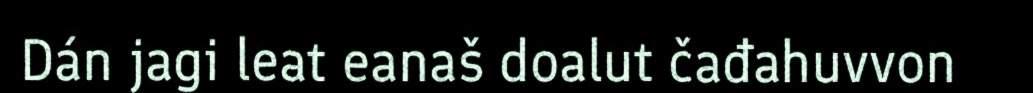
Dán jagi leat eanaš doalut čađahuvvon